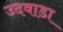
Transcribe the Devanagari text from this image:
उदवाडा